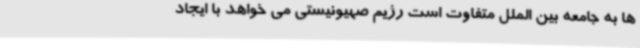
ها به جامعه بین الملل متفاوت است رژیم صهیونیستی می خواهد با ایجاد